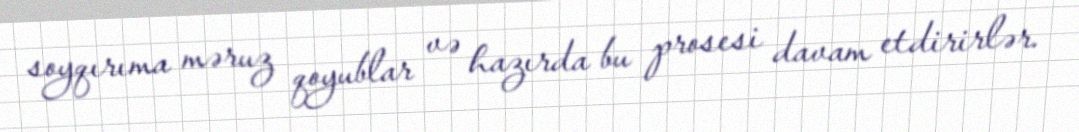
soyqırıma məruz qoyublar və hazırda bu prosesi davam etdirirlər.